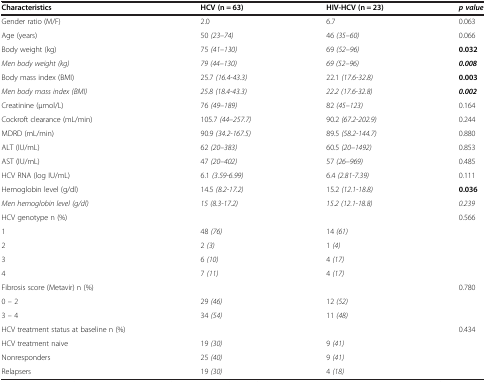
| Characteristics | HCV (n = 63) | HIV-HCV (n = 23) | p value |
 | --- | --- | --- | --- |
 | Gender ratio (M/F) | 2.0 | 6.7 | 0.063 |
 | Age (years) | 50 (23–74) | 46 (35–60) | 0.066 |
 | Body weight (kg) | 75 (41–130) | 69 (52–96) | 0.032 |
 | Men body weight (kg) | 79 (44–130) | 69 (52–96) | 0.008 |
 | Body mass index (BMI) | 25.7 (16.4-43.3) | 22.1 (17.6-32.8) | 0.003 |
 | Men body mass index (BMI) | 25.8 (18.4-43.3) | 22.2 (17.6-32.8) | 0.002 |
 | Creatinine (μmol/L) | 76 (49–189) | 82 (45–123) | 0.164 |
 | Cockroft clearance (mL/min) | 105.7 (44–257.7) | 90.2 (67.2-202.9) | 0.244 |
 | MDRD (mL/min) | 90.9 (34.2-167.5) | 89.5 (58.2-144.7) | 0.880 |
 | ALT (IU/mL) | 62 (20–383) | 60.5 (20–1492) | 0.853 |
 | AST (IU/mL) | 47 (20–402) | 57 (26–969) | 0.485 |
 | HCV RNA (log IU/mL) | 6.1 (3.59-6.99) | 6.4 (2.81-7.39) | 0.111 |
 | Hemoglobin level (g/dl) | 14.5 (8.2-17.2) | 15.2 (12.1-18.8) | 0.036 |
 | Men hemoglobin level (g/dl) | 15 (8.3-17.2) | 15.2 (12.1-18.8) | 0.239 |
 | HCV genotype n (%) |  |  | 0.566 |
 | 1 | 48 (76) | 14 (61) |  |
 | 2 | 2 (3) | 1 (4) |  |
 | 3 | 6 (10) | 4 (17) |  |
 | 4 | 7 (11) | 4 (17) |  |
 | Fibrosis score (Metavir) n (%) |  |  | 0.780 |
 | 0 – 2 | 29 (46) | 12 (52) |  |
 | 3 – 4 | 34 (54) | 11 (48) |  |
 | HCV treatment status at baseline n (%) |  |  | 0.434 |
 | HCV treatment naive | 19 (30) | 9 (41) |  |
 | Nonresponders | 25 (40) | 9 (41) |  |
 | Relapsers | 19 (30) | 4 (18) |  |